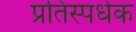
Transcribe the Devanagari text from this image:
प्रतिस्पर्धक